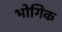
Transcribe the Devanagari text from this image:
भोगिक